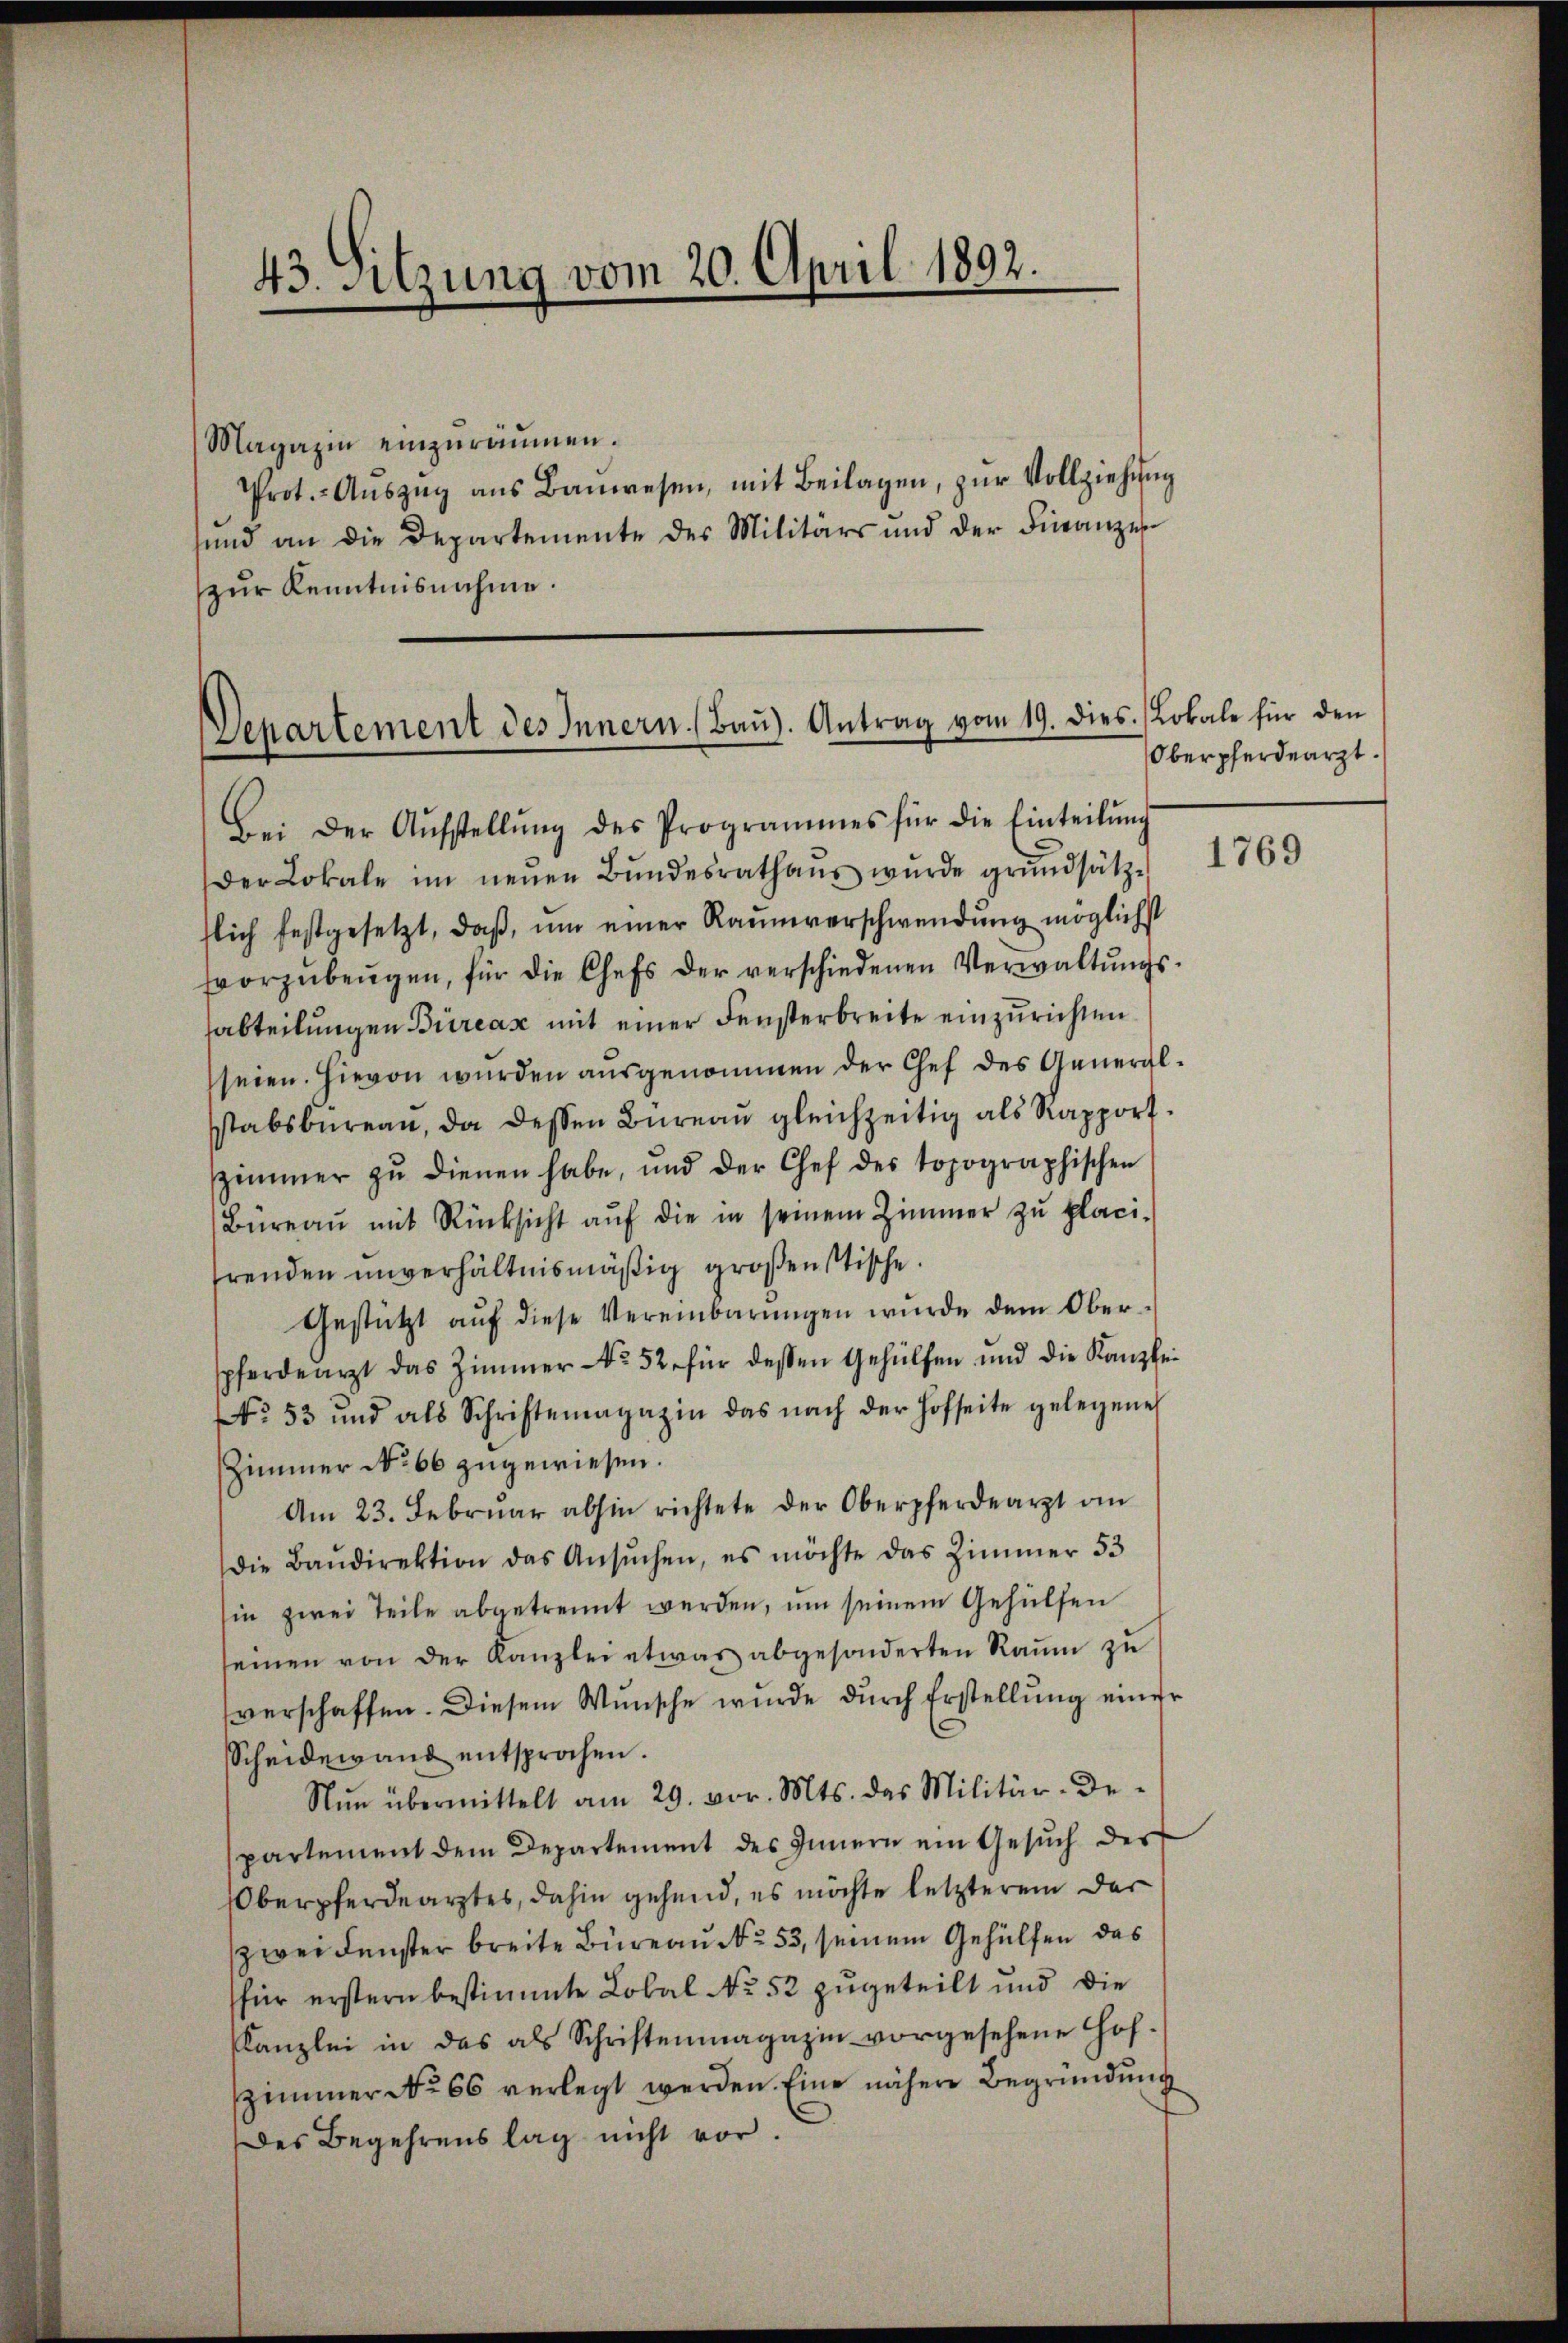
43. Sitzung vom 20. April 1892.

Magazin einzuräumen.
Prot.- Aŭszŭg ans Baŭwesen, mit Beilagen, zŭr Vollziehŭng
sund an die Departemente des Militärs und der Finanzen
zur Kenntnisnahme.

Separtement des Innern. (Baŭ). Antrag vom 19. dies.

Bei der Aŭfstellŭng des Programmes für die Einteilŭng
Der Lokale im neŭen Bŭndesrathaŭs wŭrde grundsätz-
flich festgesetzt, daβ, ŭm einer Raŭmverschwendung möglichst
vvorzŭbeŭgen, für die Chefs der verschiedenen Verwaltŭngs-
sabteilungen Bureaz mit einer Fensterbreite einzurichten
seien. Hievon wurden ausgenommen der Chef des Generalsstabsbureau, da dessen Büreaŭ gleichzeitig als Rapport.
Zimmer zŭ dienen habe, und der Chef des topographischen
Büreaŭ mit Rücksicht aŭf die in seinem Zimmer zŭ placi-
hrenden unverhältnismäßig großenstische.
Gestützt aŭf diese Vereinbarŭngen würde dem Ober-
spferdearzt das Zimmer-No 52 für dessen Gehülfen und die Kanzlei
No. 53 und als Schriftenmagazin das nach der Hofseite gelegene
Zimmer No 66 zugewiesen.
Am 23. Febrŭar abhin richtete der Oberpferdearzt an
die Baŭdirektion das Ansŭchen, es möchte das Zimmer 53
in zwei Teile abgetrennt werden, um seinem Gehülfen
einen von der Kanzlei etwas abgesonderten Raŭm zŭ
verschaffen. Diesem Wunsche wurde durch Erstellung einer
Scheidewand entsprochen.
Nŭn übermittelt am 29. vor. Mts. das Militär-De-
partement dem Departement des Innern ein Gesuch des
Oberpferdearztes, dahin gehend, es möchte letzterem der
weidenster breite Büreau No 53, seinem Gehülfen das
für erstern bestimmte Lokal No 52 zugeteilt und die
Kanzlei in das als Schriftenmagazin vorgesehene Hofzimmer No 66 verlegt werden. Eine nähere Begründung
des Begehrens lag nicht vor.

Lokale für den
Oberpferdearzt.

1769